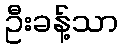
ဦးခန့်သာ